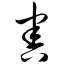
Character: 害